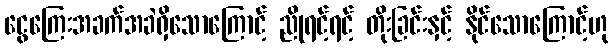
ငွေကြေးအခက်အခဲရှိသောကြောင့် ညိုရင့်ရင့် တိုးခြင်းနှင့် နိုင်သောကြောင့်ဟု